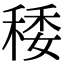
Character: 䅗